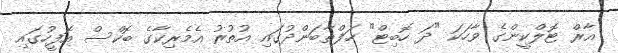
އާރް ޓޮލްކީންގެ ވާހަކަ "ދަ ހޮބިޓް" ހަފްތާބަންދުގައި އުތުރު އެމެރިކާގެ ބޮކްސް އޮފީހުގައި